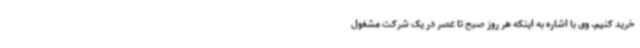
خرید کنیم. وی با اشاره به اینکه هر روز صبح تا عصر در یک شرکت مشغول